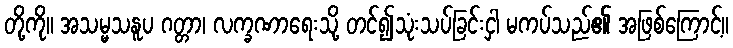
တို့ကို။ အသမ္မသနူပ ဂတ္တာ၊ လက္ခဏာရေးသို့ တင်၍သုံးသပ်ခြင်းငှါ မကပ်သည်၏ အဖြစ်ကြောင့်။